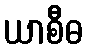
ယာစီဓ